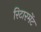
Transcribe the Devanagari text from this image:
रिटारमेंट